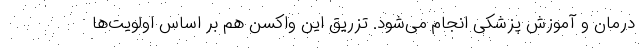
درمان و آموزش پزشکی انجام می‌شود. تزریق این واکسن هم بر اساس اولویت‌ها